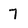
Character: 7